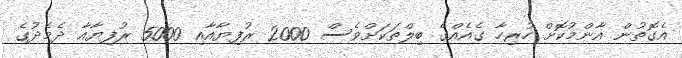
އެގޮތުން އާންމުކޮށް ހުރިހާ ގެއެއްގެ ބިލްތަކަށްވެސް 2000 ރުފިޔާއާއި 5000 ރުފިޔާއާ ދެމެދުގެ